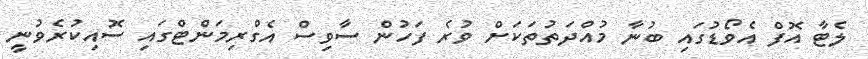
ލެޓާ އޮފް އެވޯޑުގައި ބުނާ މުއްދަތުތަކަށް ވުރެ ފަހުން ސާވިސް އެގްރިމަންޓްގައި ސޮއިކުރެވުނީ